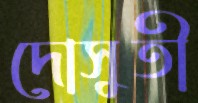
দোসুতী